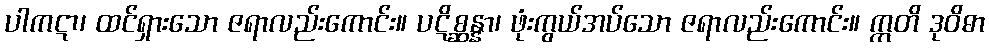
ပါကဋာ၊ ထင်ရှားသော ဇရာလည်းကောင်း။ ပဋိစ္ဆန္နာ၊ ဖုံးကွယ်အပ်သော ဇရာလည်းကောင်း။ ဣတိ ဒုဝိဓာ